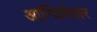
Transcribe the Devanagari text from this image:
आन्जिनेयार